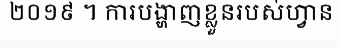
២០១៩ ។ ការបង្ហាញខ្លួនរបស់ហ្វាន